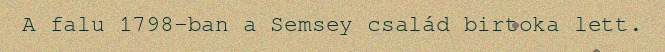
A falu 1798-ban a Semsey család birtoka lett.